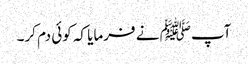
آپﷺ نے فرمایا کہ کوئی دم کر۔